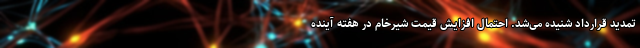
تمدید قرارداد شنیده می‌شد. احتمال افزایش قیمت شیرخام در هفته آینده